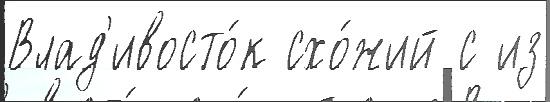
Влад'ивосто́к схо́жий с из